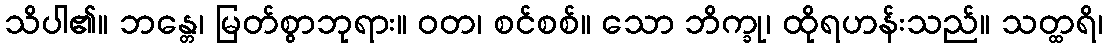
သိပါ၏။ ဘန္တေ၊ မြတ်စွာဘုရား။ ဝတ၊ စင်စစ်။ သော ဘိက္ခု၊ ထိုရဟန်းသည်။ သတ္ထရိ၊